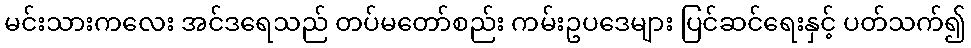
မင်းသားကလေး အင်ဒရေသည် တပ်မတော်စည်း ကမ်းဥပဒေများ ပြင်ဆင်ရေးနှင့် ပတ်သက်၍